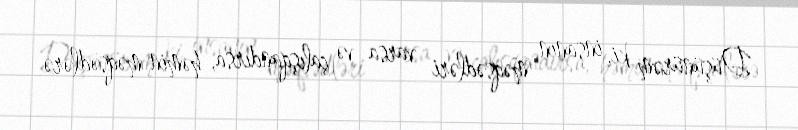
Düşünürəm ki, insanın məqsədləri varsa və çalışqandırsa, həmin məqsədlərə